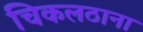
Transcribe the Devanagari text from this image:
चिकलठाना